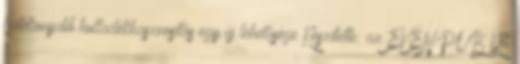
hatékonyabb hulladékhasznosítás egy új lehetősége Készítette: az EVEN-PUB Kft.